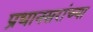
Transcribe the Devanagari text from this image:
प्रधानसरांच्या